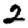
Digit: 2